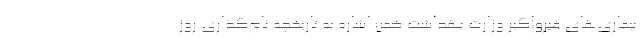
بیماری‌های غیرواگیر وزارت بهداشت ضمن اشاره به تاریخچه نام‌گذاری روز